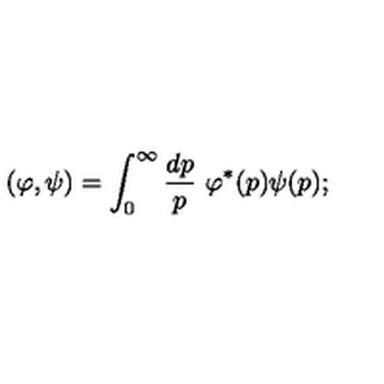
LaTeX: ( \varphi , \psi ) = \int _ { 0 } ^ { \infty } \frac { d p } { p } \ \varphi ^ { * } ( p ) \psi ( p ) ;